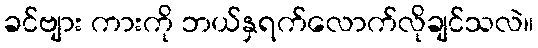
ခင်ဗျား ကားကို ဘယ်နှရက်လောက်လိုချင်သလဲ။